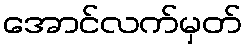
အောင်လက်မှတ်